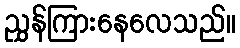
ညွှန်ကြားနေလေသည်။